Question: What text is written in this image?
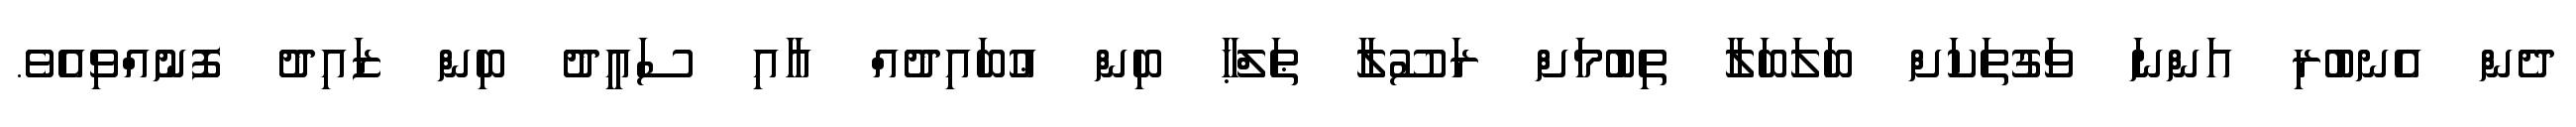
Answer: ދެން އެނބުރި އަންނަ ވަގުތަކަށް ބަލަބަލާ ތިބުމަށް ރަސޫލާ ޠަލްޙާ ބިން ޢުބައިދުއް އާއި ސަޢީދު ބިން ޒައިދު ފޮނުއްވިއެވެ.